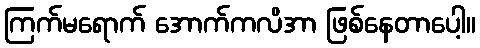
ကြက်မရောက် အောက်ကလိအာ ဖြစ်နေတာပေါ့။